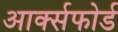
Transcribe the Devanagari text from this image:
आर्क्सफोर्ड